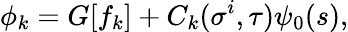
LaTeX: \phi_{k}=G[f_{k}]+C_{k}(\sigma^{i},\tau)\psi_{0}(s),